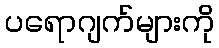
ပရောဂျက်များကို